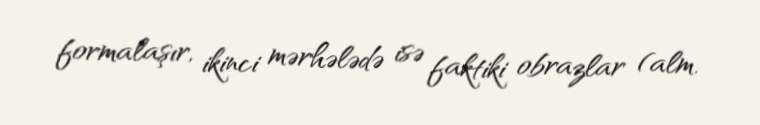
formalaşır, ikinci mərhələdə isə faktiki obrazlar (alm.